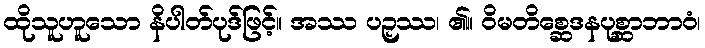
ထိုသူဟူသော နိပါတ်ပုဒ်ဖြင့်။ အဿ ပဉှဿ၊ ၏။ ဝိမတိစ္ဆေဒနပုစ္ဆာဘာဝံ၊